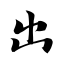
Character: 出